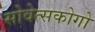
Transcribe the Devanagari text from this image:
सोवेत्सकोगो